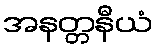
အနတ္တနီယံ